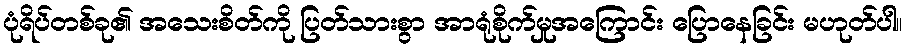
ပုံရိပ်တစ်ခု၏ အသေးစိတ်ကို ပြတ်သားစွာ အာရုံစိုက်မှုအကြောင်း ပြောနေခြင်း မဟုတ်ပါ။